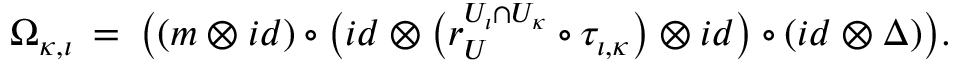
\Omega _ { \kappa , \iota } \: = \: \big ( ( m \otimes i d ) \circ \big ( i d \otimes \big ( r _ { U } ^ { U _ { \iota } \cap U _ { \kappa } } \circ \tau _ { \iota , \kappa } \big ) \otimes i d \big ) \circ ( i d \otimes \Delta ) \big ) .